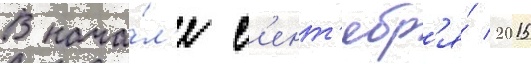
В нача́л'е с'ент'ябр'я́ 2015